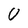
Character: 0